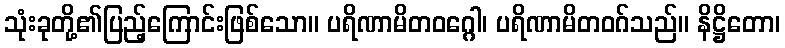
သုံးခုတို့၏ပြည့်ကြောင်းဖြစ်သော။ ပရိဏာမိတဝဂ္ဂေါ၊ ပရိဏာမိတဝဂ်သည်။ နိဋ္ဌိတော၊